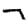
Digit: 7